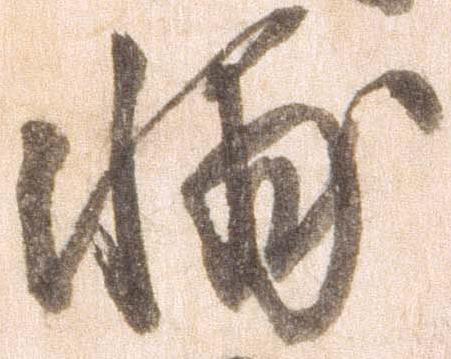
輔